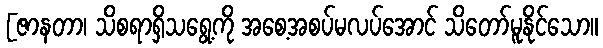
[ဇာနတာ၊ သိစရာရှိသရွေ့ကို အစေ့အစပ်မလပ်အောင် သိတော်မူနိုင်သော။